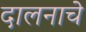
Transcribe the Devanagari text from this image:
दालनाचे